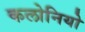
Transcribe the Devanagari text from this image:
कलोनियो